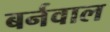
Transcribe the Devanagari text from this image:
बर्नवाल